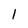
Character: 1